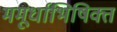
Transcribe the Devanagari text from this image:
ममूर्धाभिषिक्त